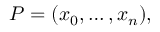
P = ( x _ { 0 } , \ldots , x _ { n } ) , \,